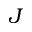
J